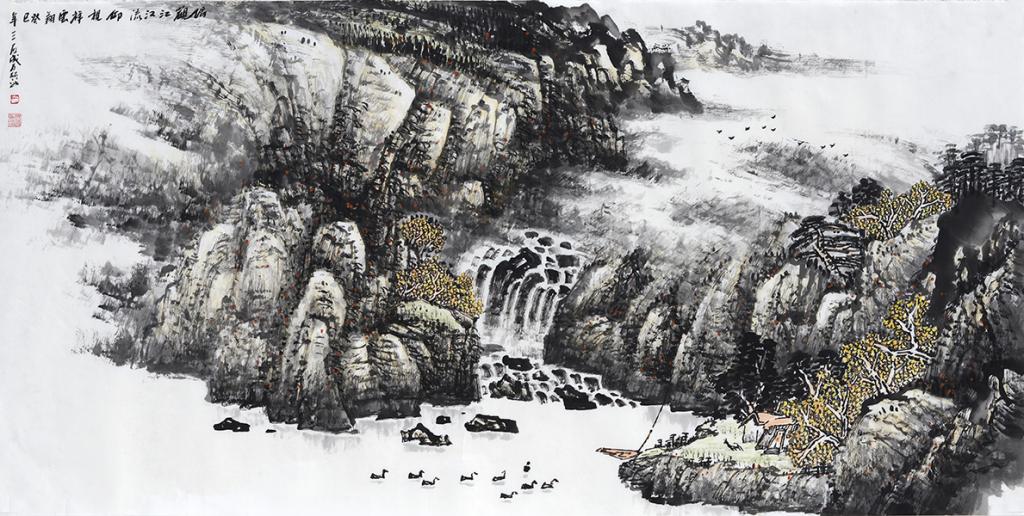
天势围平野，河流入断山。